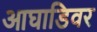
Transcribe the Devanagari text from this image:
आघाडिवर